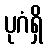
ပုဂံရှိ